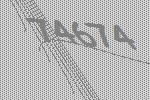
74674